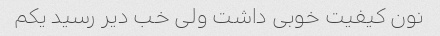
نون کیفیت خوبی داشت ولی خب دیر رسید یکم